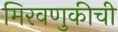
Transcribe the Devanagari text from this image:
मिरवणुकीची